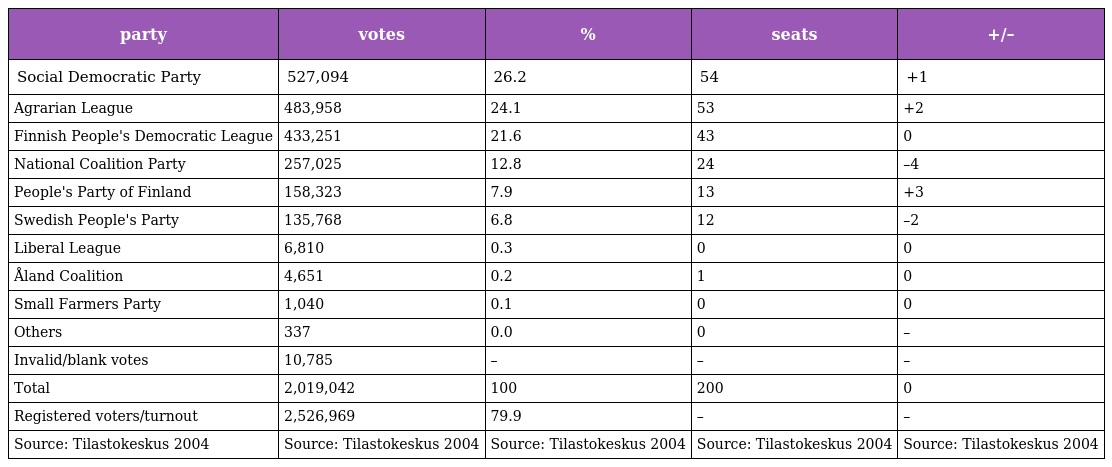
| party | votes | % | seats | +/– |
 | --- | --- | --- | --- | --- |
 | Social Democratic Party | 527,094 | 26.2 | 54 | +1 |
 | Agrarian League | 483,958 | 24.1 | 53 | +2 |
 | Finnish People's Democratic League | 433,251 | 21.6 | 43 | 0 |
 | National Coalition Party | 257,025 | 12.8 | 24 | –4 |
 | People's Party of Finland | 158,323 | 7.9 | 13 | +3 |
 | Swedish People's Party | 135,768 | 6.8 | 12 | –2 |
 | Liberal League | 6,810 | 0.3 | 0 | 0 |
 | Åland Coalition | 4,651 | 0.2 | 1 | 0 |
 | Small Farmers Party | 1,040 | 0.1 | 0 | 0 |
 | Others | 337 | 0.0 | 0 | – |
 | Invalid/blank votes | 10,785 | – | – | – |
 | Total | 2,019,042 | 100 | 200 | 0 |
 | Registered voters/turnout | 2,526,969 | 79.9 | – | – |
 | Source: Tilastokeskus 2004 | Source: Tilastokeskus 2004 | Source: Tilastokeskus 2004 | Source: Tilastokeskus 2004 | Source: Tilastokeskus 2004 |